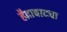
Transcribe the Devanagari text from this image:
हैद्राबादचा